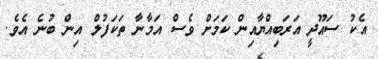
އެކު ސައޫދީ އަރަބިއްޔާއިން ކަމަށް ވެސް އަމާނާ ތަކަފުލް އިން ބުނެ އެވެ.